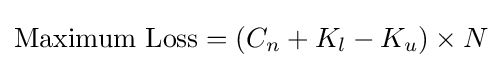
{\text{Maximum Loss}}=\left(C_{n}+K_{l}-K_{u}\right)\times N